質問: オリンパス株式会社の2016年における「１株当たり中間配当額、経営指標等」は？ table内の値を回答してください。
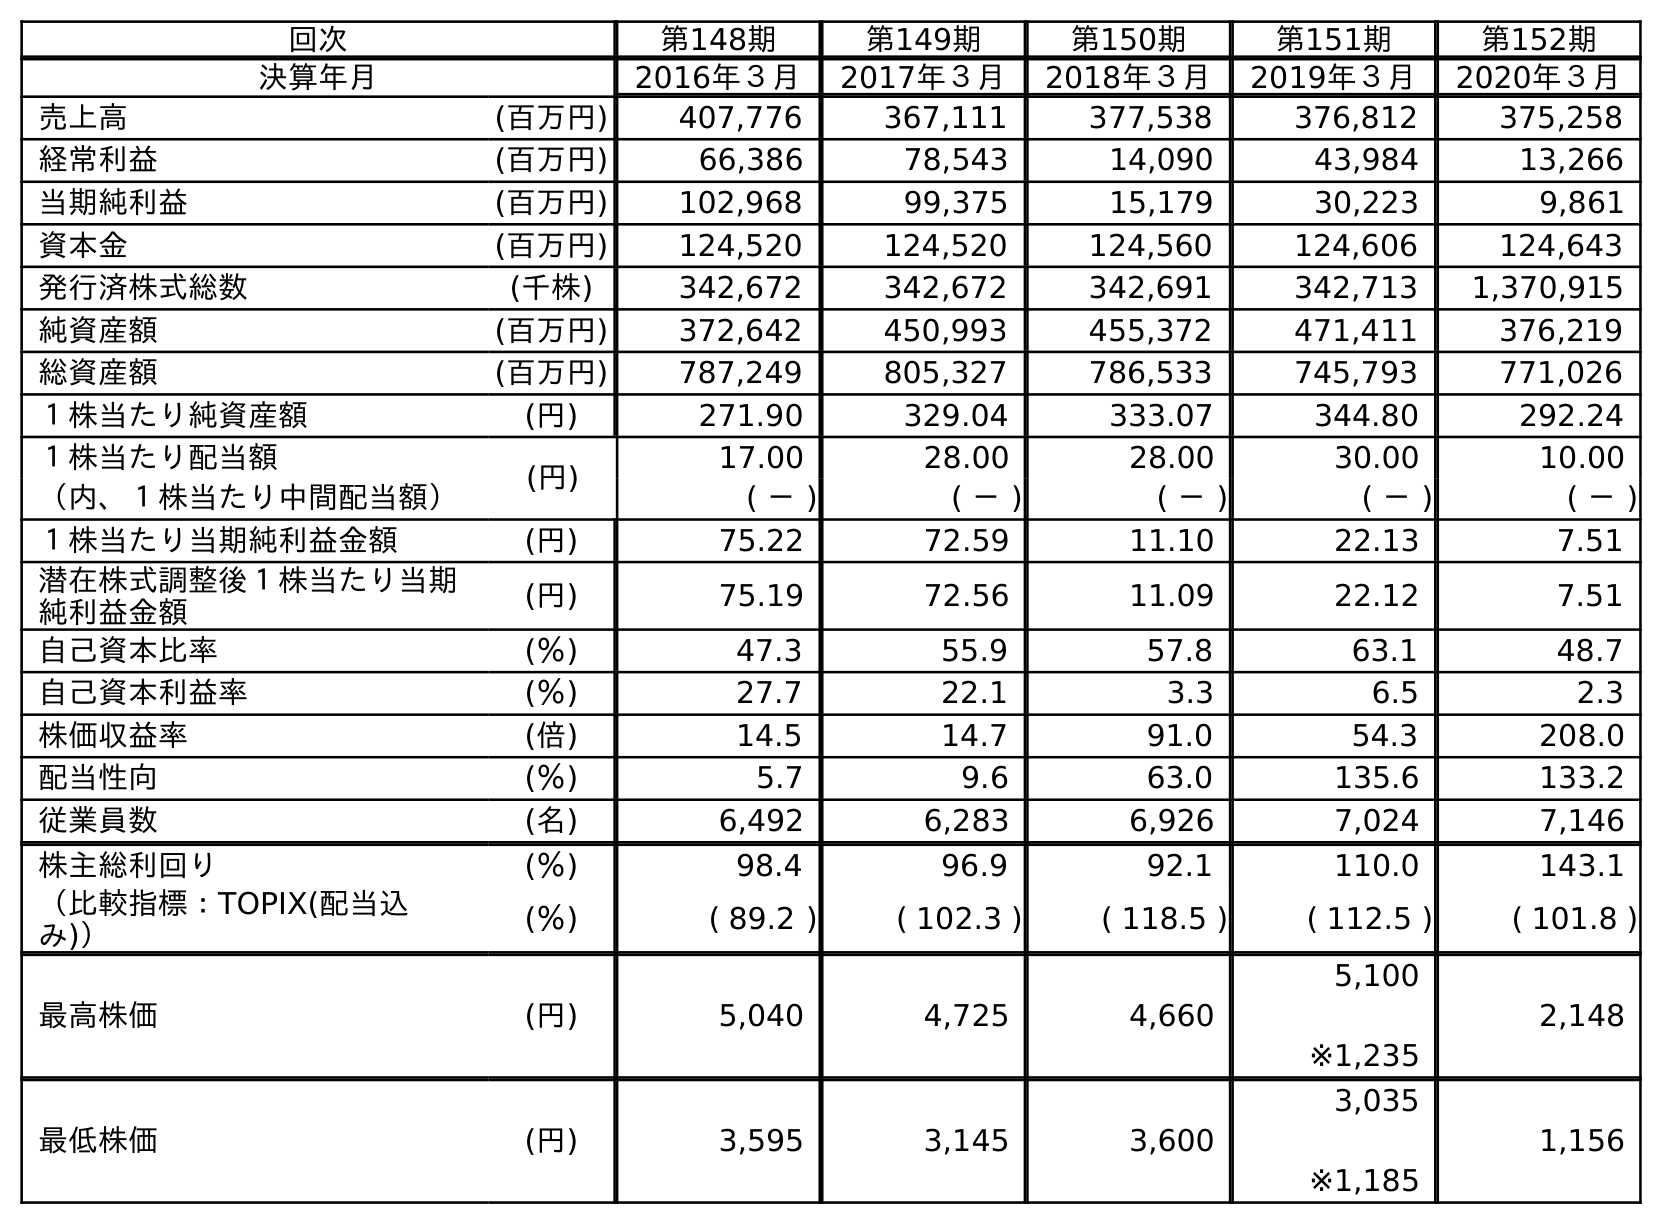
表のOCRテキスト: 回次 第148期 第149期 第150期 第151期 第152期 決算年月 2016年３月 2017年３月 2018年３月 2019年３月 2020年３月 売上高 (百万円) 407,776 367,111 377,538 376,812 375,258 経常利益 (百万円) 66,386 78,543 14,090 43,984 13,266 当期純利益 (百万円) 102,968 99,375 15,179 30,223 9,861 資本金 (百万円) 124,520 124,520 124,560 124,606 124,643 発行済株式総数 (千株) 342,672 342,672 342,691 342,713 1,370,915 純資産額 (百万円) 372,642 450,993 455,372 471,411 376,219 総資産額 (百万円) 787,249 805,327 786,533 745,793 771,026 １株当たり純資産額 (円) 271.90 329.04 333.07 344.80 292.24 １株当たり配当額 (円) 17.00 28.00 28.00 30.00 10.00 （内、１株当たり中間配当額） ( － ) ( － ) ( － ) ( － ) ( － ) １株当たり当期純利益金額 (円) 75.22 72.59 11.10 22.13 7.51 潜在株式調整後１株当たり当期 純利益金額 (円) 75.19 72.56 11.09 22.12 7.51 自己資本比率 (％) 47.3 55.9 57.8 63.1 48.7 自己資本利益率 (％) 27.7 22.1 3.3 6.5 2.3 株価収益率 (倍) 14.5 14.7 91.0 54.3 208.0 配当性向 (％) 5.7 9.6 63.0 135.6 133.2 従業員数 (名) 6,492 6,283 6,926 7,024 7,146 株主総利回り (％) 98.4 96.9 92.1 110.0 143.1 （比較指標：TOPIX(配当込 み)） (％) ( 89.2 ) ( 102.3 ) ( 118.5 ) ( 112.5 ) ( 101.8 ) 最高株価 (円) 5,040 4,725 4,660 5,100 ※1,235 2,148 最低株価 (円) 3,595 3,145 3,600 3,035 ※1,185 1,156
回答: (－)